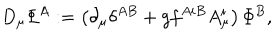
LaTeX: D _ { \mu } { \mit \Phi } ^ { A } : = \left( \partial _ { \mu } \delta ^ { A B } + g f ^ { A i B } A _ { \mu } ^ { i } \right) { \mit \Phi } ^ { B } ,